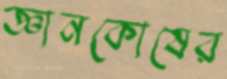
জ্ঞানকোষের